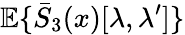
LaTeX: {\mathbb E}\{ \bar{S}_{3}(x)[\lambda,\lambda^{\prime}]\}